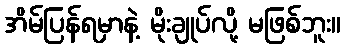
အိမ်ပြန်ရမှာနဲ့ မိုးချုပ်လို့ မဖြစ်ဘူး။